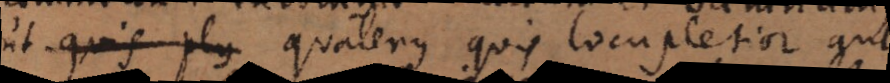
ut quis plus quatenus quis locupletior aut